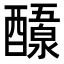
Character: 𬪷